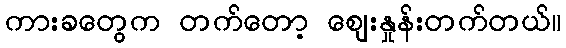
ကားခတွေက တက်တော့ ဈေးနှုန်းတက်တယ်။